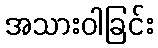
အသားဝါခြင်း